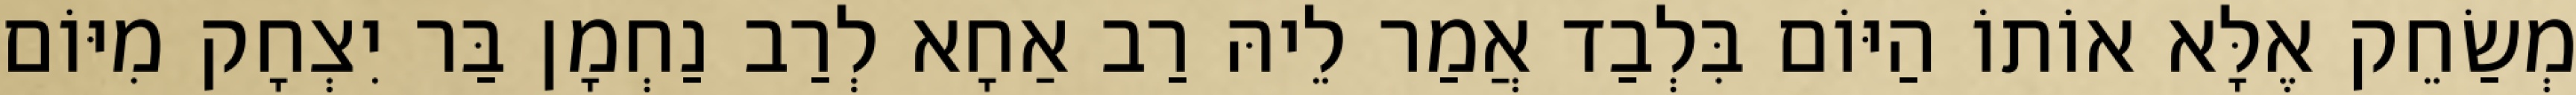
מְשַׂחֵק אֶלָּא אוֹתוֹ הַיּוֹם בִּלְבַד אֲמַר לֵיהּ רַב אַחָא לְרַב נַחְמָן בַּר יִצְחָק מִיּוֹם